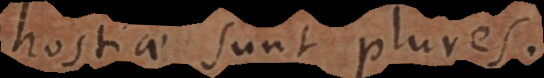
hostiae sunt plures.